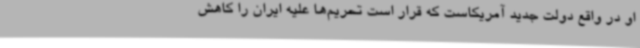
او در واقع دولت جدید آمریکاست که قرار است تحریم‌ها علیه ایران را کاهش